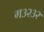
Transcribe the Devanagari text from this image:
ग३२३२